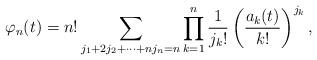
LaTeX: \begin{align*}\varphi_n(t)=n!\sum_{j_1+2j_2+\dots+nj_n=n}\prod_{k=1}^n \frac{1}{j_k!}\left(\frac{a_k(t)}{k!} \right)^{j_k},\end{align*}